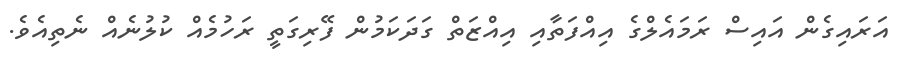
އަރައިގެން އައިސް ރަމައެލްގެ އިއްފަތާއި އިއްޒަތް ގަދަކަމުން ފޭރިގަތީ ރަހުމެއް ކުލުނެއް ނެތިއެވެ.